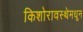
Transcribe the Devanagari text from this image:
किशोरावस्थेमधून